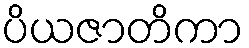
ပိယဇာတိကာ